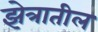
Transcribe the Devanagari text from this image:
झेत्रातील